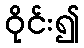
ဝိုင်း၍